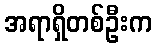
အရာရှိတစ်ဦးက